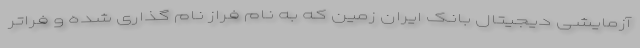
آزمایشی دیجیتال بانک ایران زمین که به نام فراز نام گذاری شده و فراتر